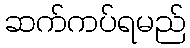
ဆက်ကပ်ရမည်